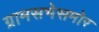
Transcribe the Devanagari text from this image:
ग्रामसभेसमोर